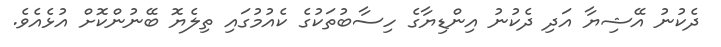
ދެކުނު އޭޝިޔާ އަދި ދެކުނު އިންޑިޔާގެ ހިސާބުތަކުގެ ކެއުމުގައި ތިލެޔޮ ބޭނުންކޮށް އުޅެއެވެ.